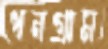
ধনগ্রাম